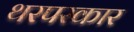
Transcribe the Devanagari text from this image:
थरपरकार